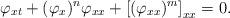
LaTeX: \begin{align*}\varphi_{xt} + (\varphi_x)^{n}\varphi_{xx} + \left[(\varphi_{xx})^{m}\right]_{xx} = 0.\end{align*}